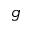
g